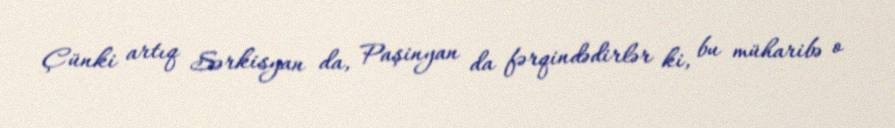
Çünki artıq Sərkisyan da, Paşinyan da fərqindədirlər ki, bu müharibə o